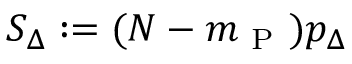
S _ { \Delta } : = ( N - m _ { \mathrm { ~ P ~ } } ) p _ { \Delta }